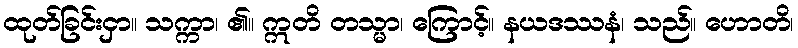
ထုတ်ခြင်းငှာ။ သက္ကာ၊ ၏။ ဣတိ တသ္မာ၊ ကြောင့်။ နယဒဿနံ၊ သည်။ ဟောတိ၊